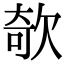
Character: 欹